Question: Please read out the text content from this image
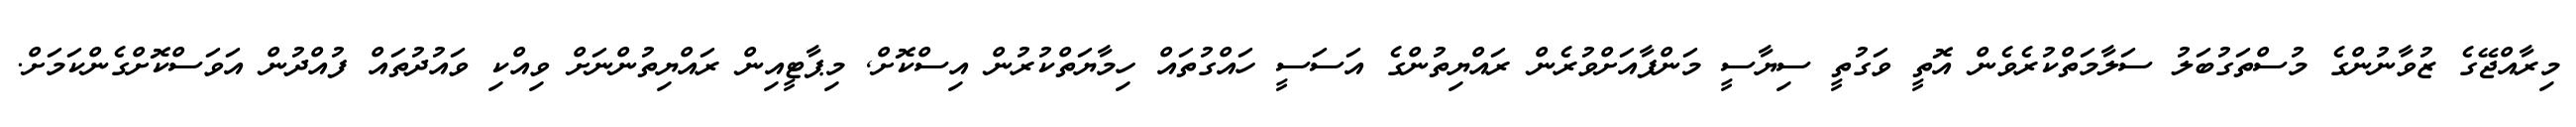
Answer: މިރާއްޖޭގެ ޒުވާނުންގެ މުސްތަގުބަލު ސަލާމަތްކުރެވެން އޮތީ ވަގުތީ ސިޔާސީ މަންފާއަށްވުރެން ރައްޔިތުންގެ އަސަސީ ހައްގުތައް ހިމާޔަތްކުރުން އިސްކޮށް, މިޕާޓީއިން ރައްޔިތުންނަށް ވިއްކި ވައުދުތައް ފުއްދުން އަވަސްކޮށްގެންކަމަށް.